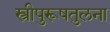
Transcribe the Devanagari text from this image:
स्त्रीपुरूषतुलना